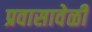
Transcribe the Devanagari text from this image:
प्रवासावेळी